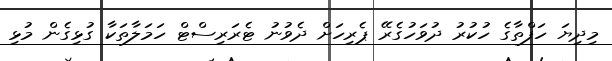
މިދިޔަ ހަފްތާގެ ހުކުރު ދުވަހުގެރޭ ޕެރިހަށް ދެވުނު ޓެރަރިސްޓް ހަމަލާތަކާ ގުޅިގެން މުޅި